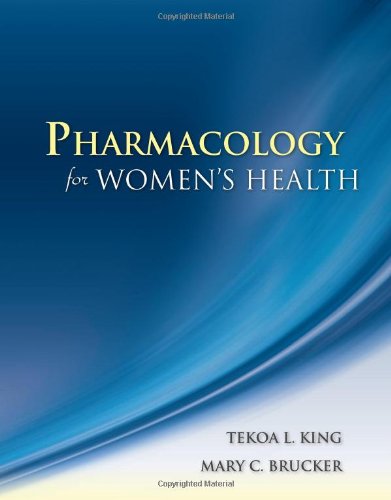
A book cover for Pharmacology For Women's Health; Tekoa L. King; Medical Books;